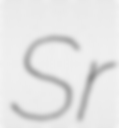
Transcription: Sr